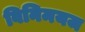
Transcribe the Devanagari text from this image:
विनिमयज